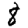
Digit: 8